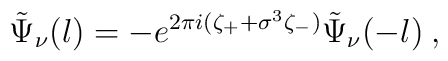
\tilde\Psi_\nu(l) = -e^{2\pi i (\zeta_+ + \sigma^3 \zeta_- )}\tilde\Psi_\nu(-l) \>,